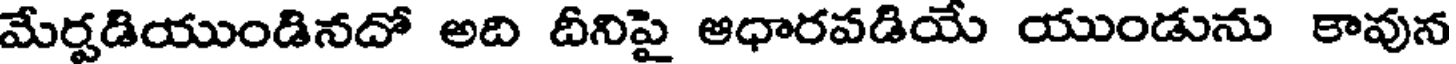
మేర్పడియుండినదో అది దీనిపై ఆధారవడియే యుండును కావున